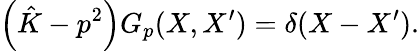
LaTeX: \left(\hat{K}-p^{2}\right)G_{p}(X,X^{\prime})=\delta(X-X^{\prime}).